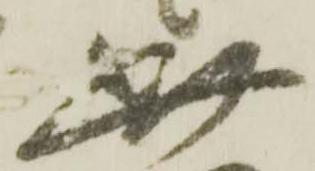
此